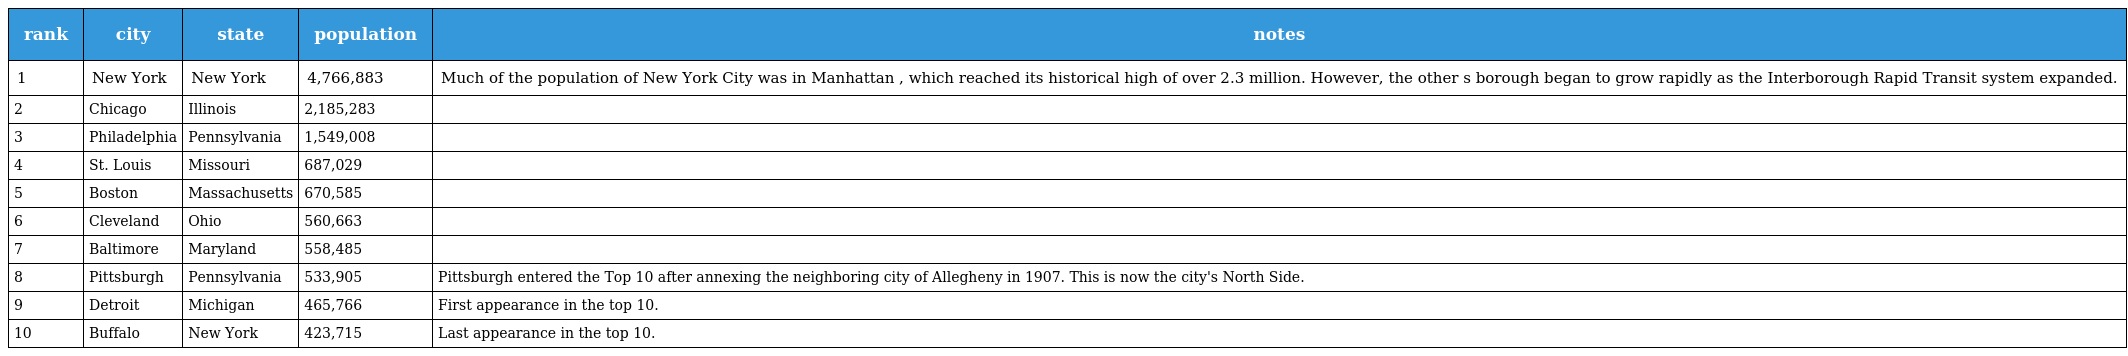
| rank | city | state | population | notes |
 | --- | --- | --- | --- | --- |
 | 1 | New York | New York | 4,766,883 | Much of the population of New York City was in Manhattan , which reached its historical high of over 2.3 million. However, the other s borough began to grow rapidly as the Interborough Rapid Transit system expanded. |
 | 2 | Chicago | Illinois | 2,185,283 |  |
 | 3 | Philadelphia | Pennsylvania | 1,549,008 |  |
 | 4 | St. Louis | Missouri | 687,029 |  |
 | 5 | Boston | Massachusetts | 670,585 |  |
 | 6 | Cleveland | Ohio | 560,663 |  |
 | 7 | Baltimore | Maryland | 558,485 |  |
 | 8 | Pittsburgh | Pennsylvania | 533,905 | Pittsburgh entered the Top 10 after annexing the neighboring city of Allegheny in 1907. This is now the city's North Side. |
 | 9 | Detroit | Michigan | 465,766 | First appearance in the top 10. |
 | 10 | Buffalo | New York | 423,715 | Last appearance in the top 10. |